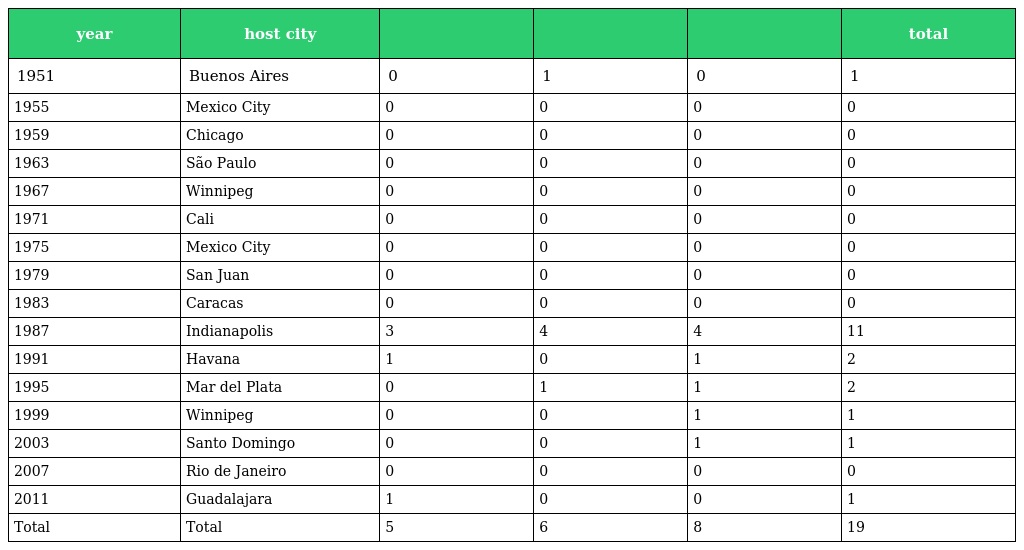
| year | host city |  |  |  | total |
 | --- | --- | --- | --- | --- | --- |
 | 1951 | Buenos Aires | 0 | 1 | 0 | 1 |
 | 1955 | Mexico City | 0 | 0 | 0 | 0 |
 | 1959 | Chicago | 0 | 0 | 0 | 0 |
 | 1963 | São Paulo | 0 | 0 | 0 | 0 |
 | 1967 | Winnipeg | 0 | 0 | 0 | 0 |
 | 1971 | Cali | 0 | 0 | 0 | 0 |
 | 1975 | Mexico City | 0 | 0 | 0 | 0 |
 | 1979 | San Juan | 0 | 0 | 0 | 0 |
 | 1983 | Caracas | 0 | 0 | 0 | 0 |
 | 1987 | Indianapolis | 3 | 4 | 4 | 11 |
 | 1991 | Havana | 1 | 0 | 1 | 2 |
 | 1995 | Mar del Plata | 0 | 1 | 1 | 2 |
 | 1999 | Winnipeg | 0 | 0 | 1 | 1 |
 | 2003 | Santo Domingo | 0 | 0 | 1 | 1 |
 | 2007 | Rio de Janeiro | 0 | 0 | 0 | 0 |
 | 2011 | Guadalajara | 1 | 0 | 0 | 1 |
 | Total | Total | 5 | 6 | 8 | 19 |